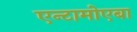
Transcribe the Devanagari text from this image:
एन्टामोएबा